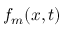
f _ { m } ( x , t )